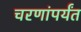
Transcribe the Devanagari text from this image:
चरणांपर्यंत